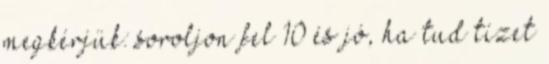
megkérjük: soroljon fel 10 és jó, ha tud tízet